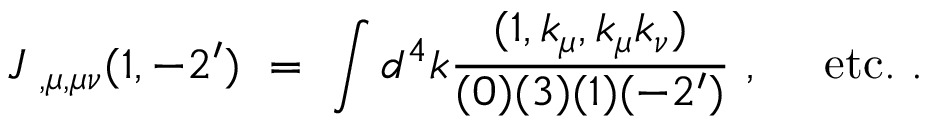
J _ { \ , \mu , \mu \nu } ( 1 , - 2 ^ { \prime } ) \ = \ \int d ^ { 4 } k \frac { ( 1 , k _ { \mu } , k _ { \mu } k _ { \nu } ) } { ( 0 ) ( 3 ) ( 1 ) ( - 2 ^ { \prime } ) } \ , \ \ \ \ \mathrm { e t c . } \ .